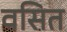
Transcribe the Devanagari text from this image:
वसित